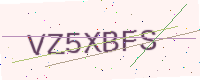
Text: VZ5XBFS